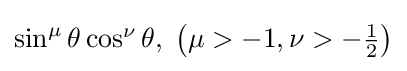
{\textstyle \sin ^{\mu }\theta \cos ^{\nu }\theta ,\;\left(\mu >-1,\nu >-{\frac {1}{2}}\right)}